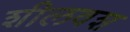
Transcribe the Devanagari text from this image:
शीलवश